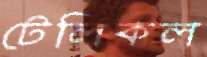
টেলিকল